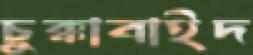
চুক্কাবাইদ